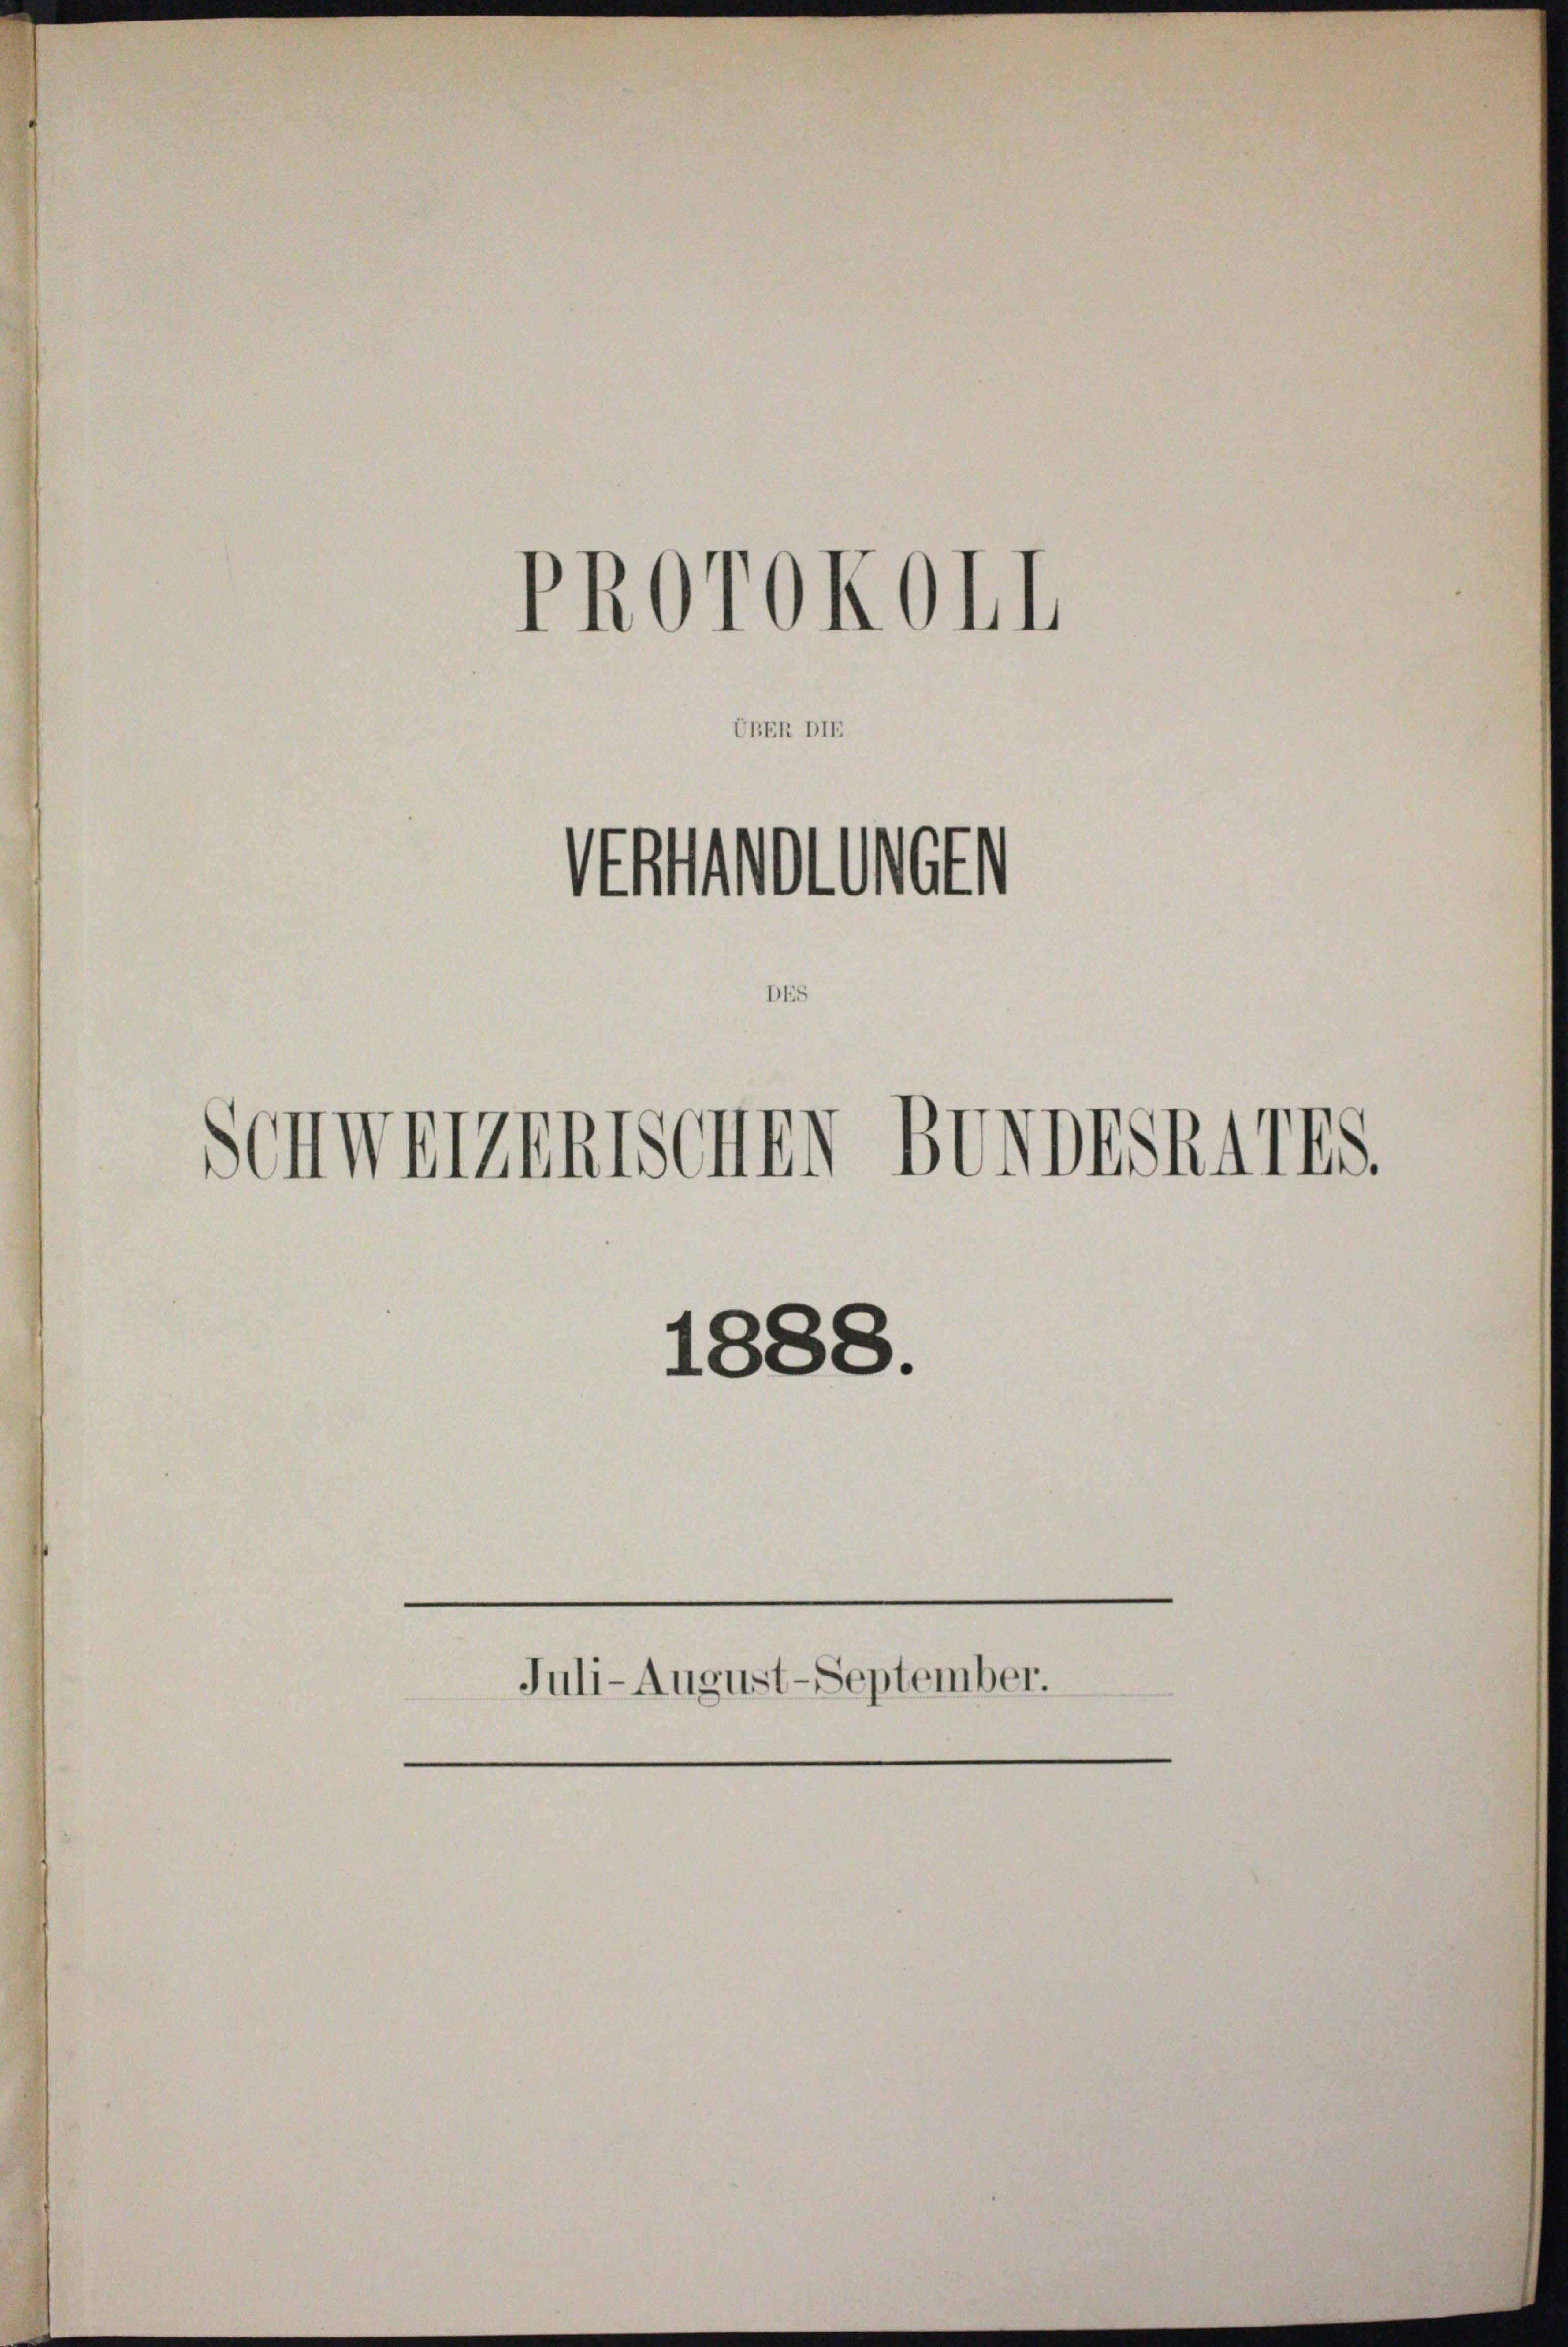
PROrokoll
Stollen
Die
Schwerzenssener Bundeskarts.
1888.
Juli-August-September.

UBER DIE